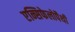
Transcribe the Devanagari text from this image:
एन्सिफेलोपैथी